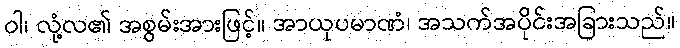
ဝါ၊ လုံ့လ၏ အစွမ်းအားဖြင့်။ အာယုပမာဏံ၊ အသက်အပိုင်းအခြားသည်။